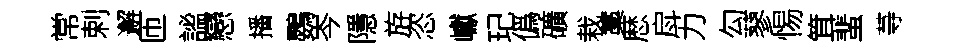
常剌邂匝謐戀播鸚岑隱斿恣巘玘僞礦栽藁厯戽力勾蓼惕䇯蜚䒭